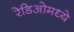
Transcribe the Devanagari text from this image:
रेडिओमध्ये